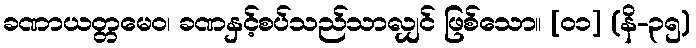
ခဏာယတ္တမေဝ၊ ခဏနှင့်စပ်သည်သာလျှင် ဖြစ်သော။ [၀၁] (နိ-၃၅)